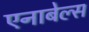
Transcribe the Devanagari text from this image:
एनाबेल्स